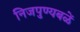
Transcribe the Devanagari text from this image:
निजपुण्यबळें